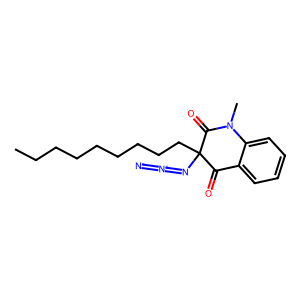
SMILES: CCCCCCCCCC1(N=[N+]=[N-])C(=O)c2ccccc2N(C)C1=O
Inhibits HIV replication: No